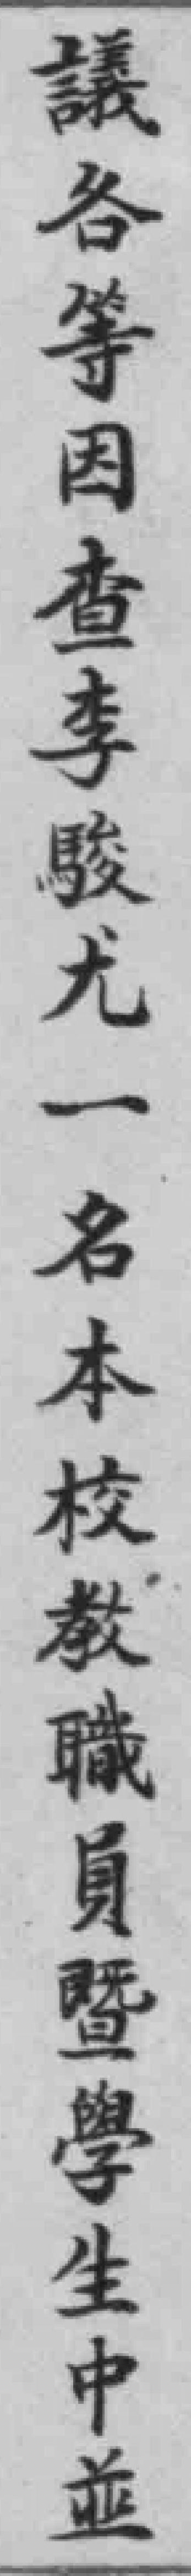
議各等因查李駿尤一名本校教職員暨學生中並